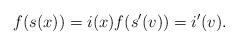
LaTeX: \begin{align*}f(s(x))=i(x) f(s'(v))=i'(v). \end{align*}